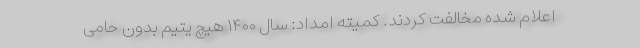
اعلام شده مخالفت کردند. کمیته امداد: سال ۱۴۰۰ هیچ یتیمِ بدون حامی